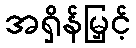
အရှိန်မြှင့်